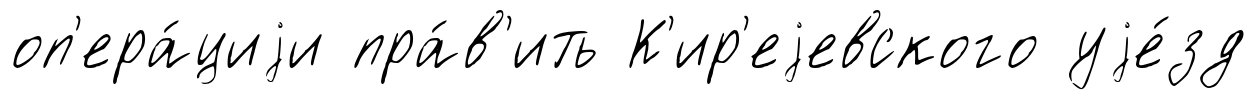
оп'ера́циjи пра́в'ить К'ир'еjевского уjе́зд